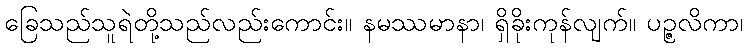
ခြေသည်သူရဲတို့သည်လည်းကောင်း။ နမဿမာနာ၊ ရှိခိုးကုန်လျက်။ ပဉ္ဇလိကာ၊